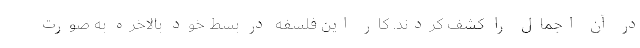
در آن اجمال را کشف کردند. کار این فلسفه در بسط خود بالاخره به صورت